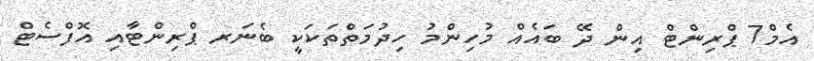
އެމް7 ޕްރިންޓް އިން ދޭ ބައެއް މުހިންމު ހިދުމަތްތަކަކީ ބެނަރ ޕްރިންޓާއި އޮފްސެޓް